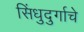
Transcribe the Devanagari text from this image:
सिंधुदुर्गाचे